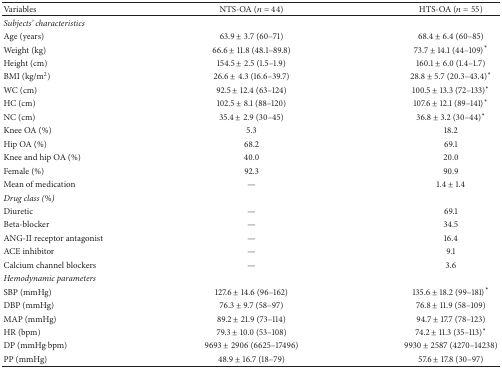
<table><thead><tr><td><b>Variables</b></td><td><b>NTS-OA (<i>n</i> = 44)</b></td><td><b>HTS-OA (<i>n</i> = 55)</b></td></tr></thead><tbody><tr><td><i>Subjects&#x27; characteristics</i></td><td> </td><td> </td></tr><tr><td>Age (years)</td><td>63.9 ± 3.7 (60–71)</td><td>68.4 ± 6.4 (60–85)</td></tr><tr><td>Weight (kg)</td><td>66.6 ± 11.8 (48.1–89.8)</td><td>73.7 ± 14.1 (44–109)<sup><i>∗</i></sup></td></tr><tr><td>Height (cm)</td><td>154.5 ± 2.5 (1.5–1.9)</td><td>160.1 ± 6.0 (1.4–1.7)</td></tr><tr><td>BMI (kg/m<sup>2</sup>)</td><td>26.6 ± 4.3 (16.6–39.7)</td><td>28.8 ± 5.7 (20.3–43.4)<sup><i>∗</i></sup></td></tr><tr><td>WC (cm)</td><td>92.5 ± 12.4 (63–124)</td><td>100.5 ± 13.3 (72–133)<sup><i>∗</i></sup></td></tr><tr><td>HC (cm)</td><td>102.5 ± 8.1 (88–120)</td><td>107.6 ± 12.1 (89–141)<sup><i>∗</i></sup></td></tr><tr><td>NC (cm)</td><td>35.4 ± 2.9 (30–45)</td><td>36.8 ± 3.2 (30–44)<sup><i>∗</i></sup></td></tr><tr><td>Knee OA (%)</td><td>5.3</td><td>18.2</td></tr><tr><td>Hip OA (%)</td><td>68.2</td><td>69.1</td></tr><tr><td>Knee and hip OA (%)</td><td>40.0</td><td>20.0</td></tr><tr><td>Female (%)</td><td>92.3</td><td>90.9</td></tr><tr><td>Mean of medication</td><td>—</td><td>1.4 ± 1.4</td></tr><tr><td><i>Drug class (%)</i></td><td> </td><td> </td></tr><tr><td>Diuretic</td><td>—</td><td>69.1</td></tr><tr><td>Beta-blocker</td><td>—</td><td>34.5</td></tr><tr><td>ANG-II receptor antagonist</td><td>—</td><td>16.4</td></tr><tr><td>ACE inhibitor</td><td>—</td><td>9.1</td></tr><tr><td>Calcium channel blockers</td><td>—</td><td>3.6</td></tr><tr><td><i>Hemodynamic parameters</i></td><td> </td><td> </td></tr><tr><td>SBP (mmHg)</td><td>127.6 ± 14.6 (96–162)</td><td>135.6 ± 18.2 (99–181)<sup><i>∗</i></sup></td></tr><tr><td>DBP (mmHg)</td><td>76.3 ± 9.7 (58–97)</td><td>76.8 ± 11.9 (58–109)</td></tr><tr><td>MAP (mmHg)</td><td>89.2 ± 21.9 (73–114)</td><td>94.7 ± 17.7 (78–123)</td></tr><tr><td>HR (bpm)</td><td>79.3 ± 10.0 (53–108)</td><td>74.2 ± 11.3 (35–113)<sup><i>∗</i></sup></td></tr><tr><td>DP (mmHg·bpm)</td><td>9693 ± 2906 (6625–17496)</td><td>9930 ± 2587 (4270–14238)</td></tr><tr><td>PP (mmHg)</td><td>48.9 ± 16.7 (18–79)</td><td>57.6 ± 17.8 (30–97)</td></tr></tbody></table>